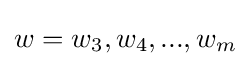
w=w_{3},w_{4},...,w_{m}